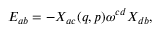
{ \cal E } _ { a b } = - X _ { a c } ( q , p ) \omega ^ { c d } X _ { d b } ,